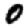
Digit: 0